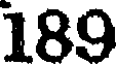
189